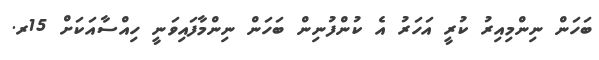
ބަހަން ނިންމިއިރު ކުރީ އަހަރު އެ ކުންފުނިން ބަހަން ނިންމާފައިވަނީ ހިއްސާއަކަށް 15ރ.